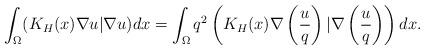
LaTeX: \begin{align*}\int_{\Omega}(K_H(x)\nabla u|\nabla u)dx=\int_{\Omega}q^2\left(K_H(x)\nabla \left( \frac{u}{q}\right) |\nabla \left( \frac{u}{q}\right) \right)dx.\end{align*}